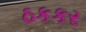
ઠકકર